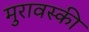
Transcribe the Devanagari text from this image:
मुरावस्की